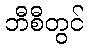
ဘီစီတွင်